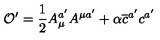
\mathcal { O } ^ { \prime } = \frac { 1 } { 2 } A _ { \mu } ^ { a ^ { \prime } } A ^ { \mu a ^ { \prime } } + \alpha \overline { { c } } ^ { a ^ { \prime } } c ^ { a ^ { \prime } }